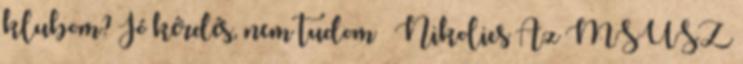
klubom? Jó kérdés, nem tudom – Nikolics Az MSÚSZ